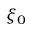
\xi _ { 0 }